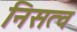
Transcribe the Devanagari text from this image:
निसत्व